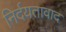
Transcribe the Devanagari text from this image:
निर्दयतावाद